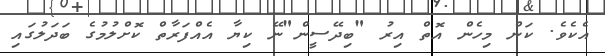
އެކެވެ. ކަން މިހެން އޮތް އިރު "ބިދޭސީން"ނޭ ކިޔާ އެއްފަރާތް ކޮށްލުމުގެ ބަދަލުގައި